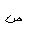
Letter: _sad